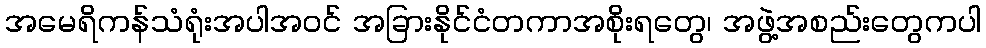
အမေရိကန်သံရုံးအပါအဝင် အခြားနိုင်ငံတကာအစိုးရတွေ၊ အဖွဲ့အစည်းတွေကပါ